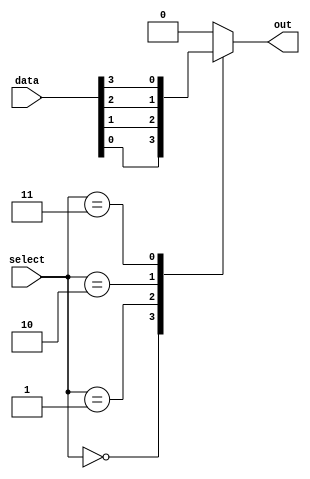
module mux_32to1 (
    input [4:0] select,
    input [31:0] data,
    output reg out
);

always @ (*)
begin
    case (select)
        5'b00000: out = data[0];
        5'b00001: out = data[1];
        5'b00010: out = data[2];
        5'b00011: out = data[3];
        // continue for all 32 input signals
        default: out = 32'b0; // default case
    endcase
end

endmodule